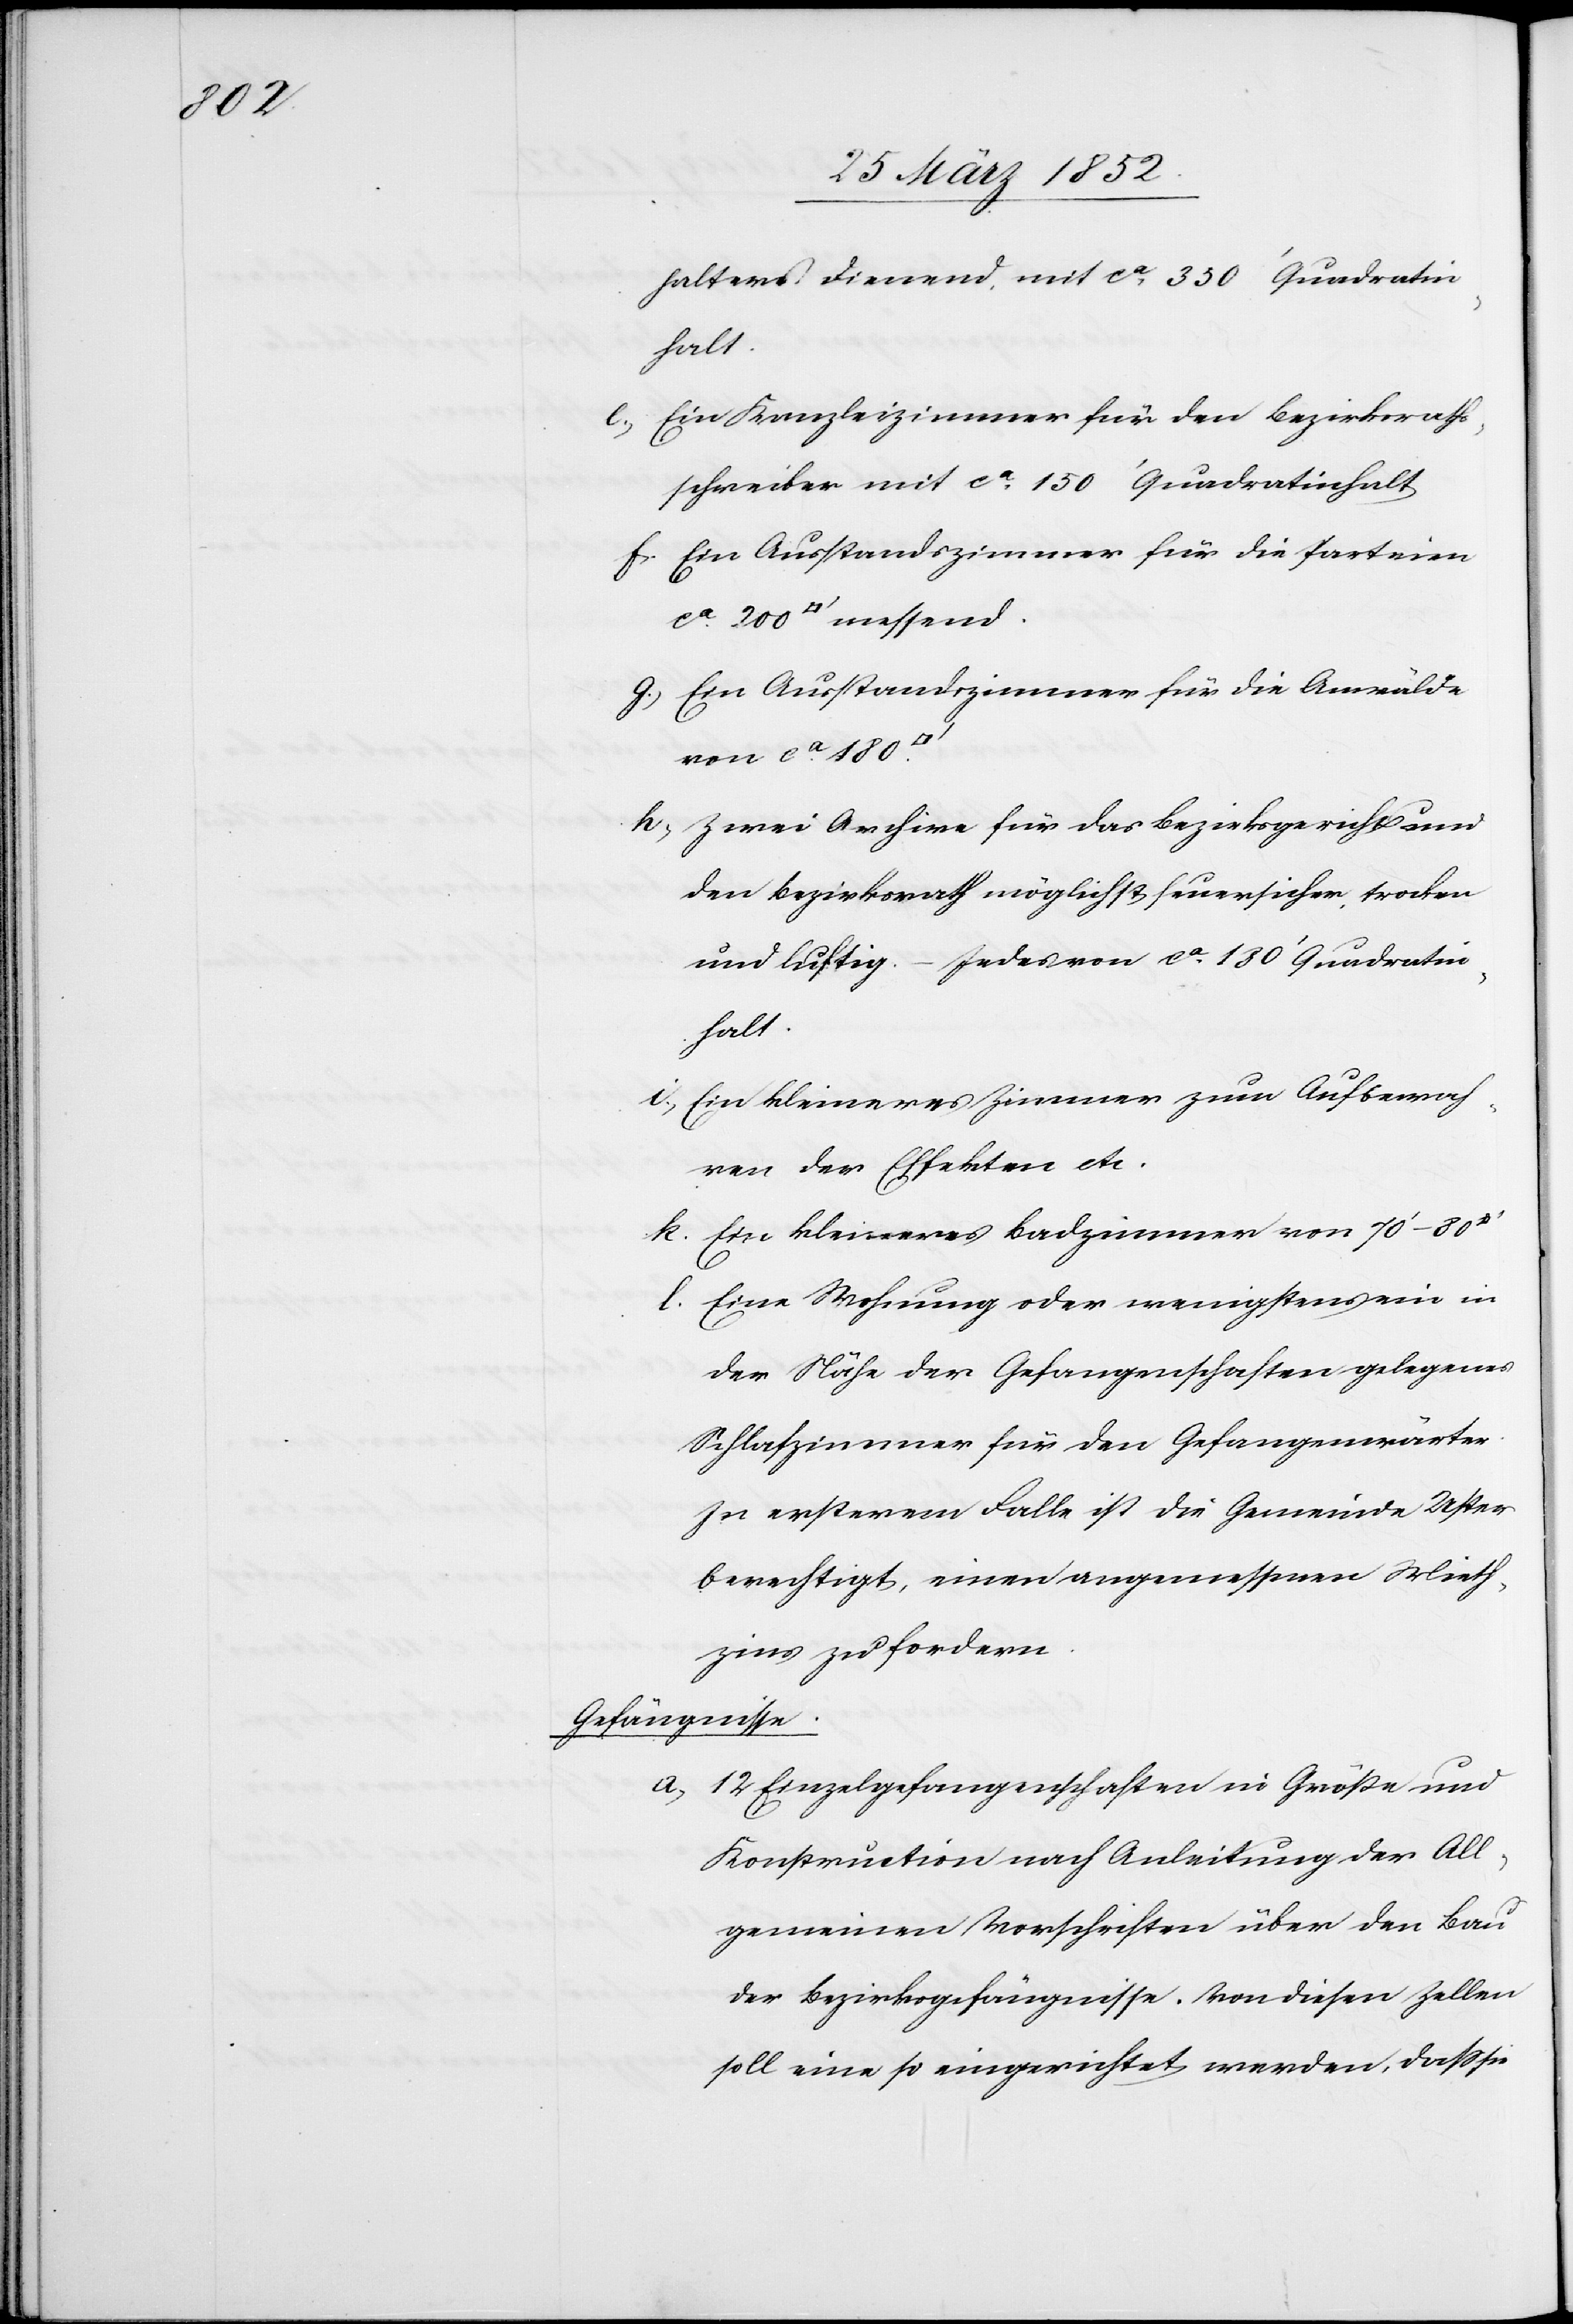
halters dienend, mit ca 350‘ Quadratin¬
halt.
Ein Kanzleizimmer für den Bezirksrath¬
schreiber mit ca 150‘ Quadratinhalt.
Ein Ausstandszimmer für die parteien
Ein Ausstandszimmer für die Anwälde
von ca 180
Zwei Archive für das Bezirksgericht und
den Bezirksrath möglichst feuersicher, trocken
und luftig. – Jedes von ca 180‘ Quadratin¬
halt.
Ein kleineres Zimmer zum Aufbewah¬
ren der Effekten etc.
Ein kleineres Badzimmer von 70‘–80
Eine Wohnung oder wenigstens ein in
der Nähe der Gefangenschaften gelegenes
Schlafzimmer für den Gefangenwärter.
In ersterem Falle ist die Gemeinde Uster
berechtigt, einen angemessenen Mieth¬
zins zu fordern.
Gefängnisse.
12 Einzelgefangenschaften in Größe und
Konstruction nach Anleitung der All¬
gemeinen Vorschriften über den Bau
der Bezirksgefängnisse. Von diesen Zellen
soll eine so eingerichtet werden, daß sie